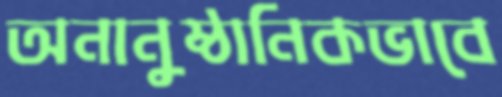
অনানুষ্ঠানিকভাবে